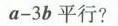
$$a-3b$$平行?